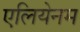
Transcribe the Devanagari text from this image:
एलियेनम